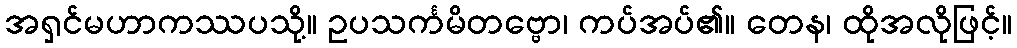
အရှင်မဟာကဿပသို့။ ဥပသင်္ကမိတဗ္ဗော၊ ကပ်အပ်၏။ တေန၊ ထိုအလိုဖြင့်။